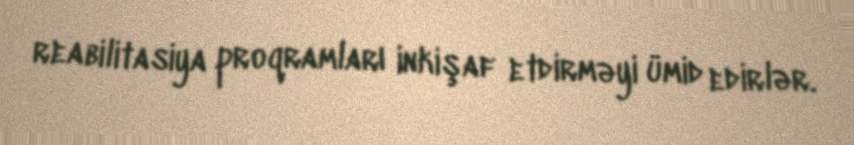
reabilitasiya proqramları inkişaf etdirməyi ümid edirlər.